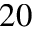
2 0